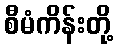
စီမံကိန်းတို့